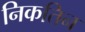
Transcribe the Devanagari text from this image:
निकतिन